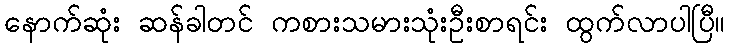
နောက်ဆုံး ဆန်ခါတင် ကစားသမားသုံးဦးစာရင်း ထွက်လာပါပြီ။